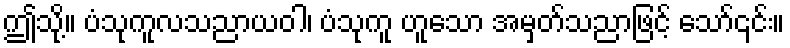
ဤသို့။ ပံသုကူလသညာယဝါ၊ ပံသုကူ ဟူသော အမှတ်သညာဖြင့် သော်၎င်း။